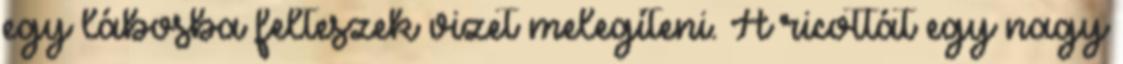
egy lábosba felteszek vizet melegíteni. A ricottát egy nagy